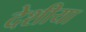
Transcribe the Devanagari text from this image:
देशीया